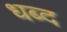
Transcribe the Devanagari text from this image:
धब्द